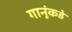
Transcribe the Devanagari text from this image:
गानूंकडे